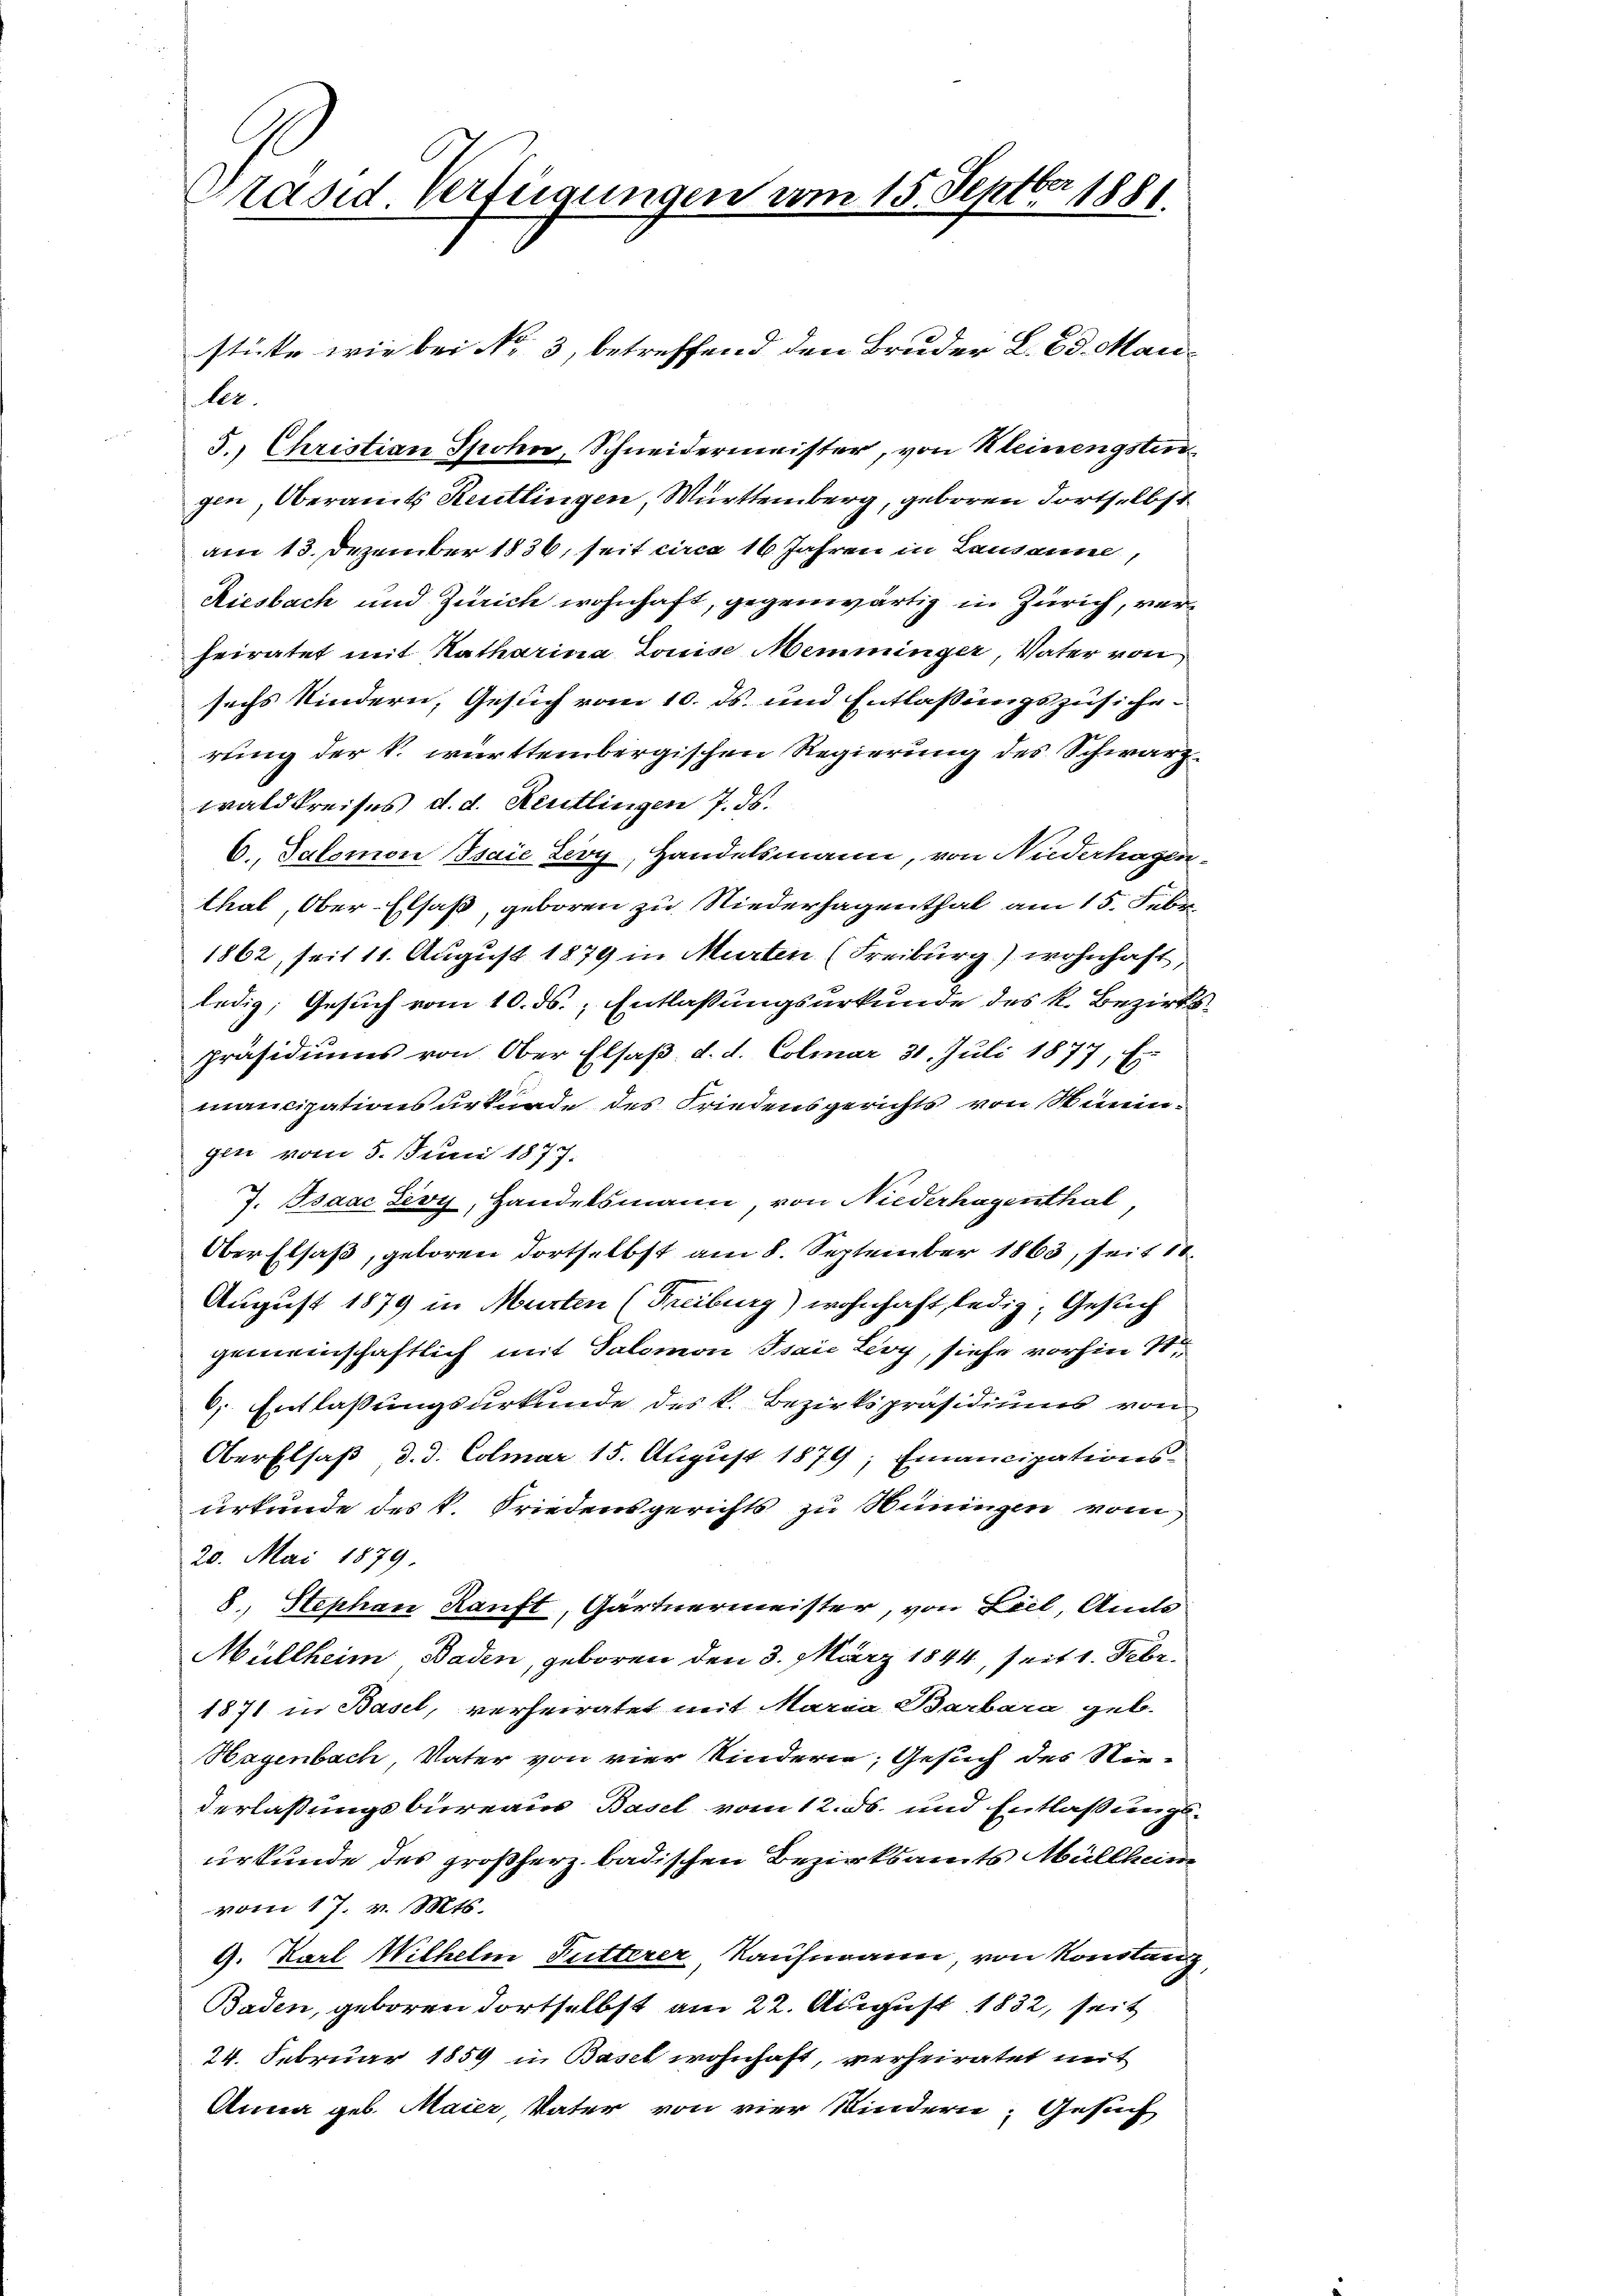
Präsid Verfügungen vom 15. Septbr 1881

stücke wie bei No 3, betreffend den Bruder L. 23. Manler.
5. Christian Spohn, Schneidermeister, von Meinengsten
gen, Oberamts Reutlingen, Württemberg, geboren Fortselbst
am 13. Dezember 1836, seit circa 16 Jahren in Lausanne,
Riesbach und Zürich wohnhaft, gegenwärtig in Zürich, verheiratet mit Katharina Louise Memminger, Vater von
sechs Kindern, Gesuch vom 10. ds. und Entlassungszusiche-
rung der k. württembergischen Regierung des Schwarzwald kreises d. d. Reutlingen 7. ds.
6., Salomon Isaie Zery, Handelsmann, von Niederhagen-
thal, Ober-Elsaß, geboren zu Niederhagenthal am 15. Febr.
1862, seit 11. August 1879 in Murten (Freiburg) wohnhaft,
ledig, Gesuch vom 10. ds. Entlassungsurkunde des k. Bezirkspräsidiums von Ober Elsaß, d. d. Colmar 31. Juli 1877, Es
mancipationsurknade des Friedensgerichts von Semingin vom 5. Juni 1877.
J. Isaac Zevy, Handelsmann, von Niederhagenthal,
Ober Elsaß, geboren dortselbst am 8. September 1863, seit 10
August 1879 in Murten (Freiburg) wohnhaft, ledig, Gesuch
gemeinschaftlich mit Salomon Isaie Ley, siehe vorhin 1
6. Entlassungsurkunde des k. Bezirkspräsidiums von
OberElsaß, d. d. Colmar 15. August 1879; Emancipationsurkunde des k. Friedensgerichts zu Hüningen vom
20. Mai 1879.
8., Stephan Kauft, Gärtnermeister, von Liel, Ans
Müllheim, Baden, geboren den 3. März 1844, seit 1. Febr.
1871 in Basel, verheiratet mit Maria Barbara geb.
Hagenbach, Vater von vier Kinderie, Gesuch des Niederlaßungsbureaus Basel vom 12. ds. und Entlaßungsurkunde des großherz badischen Bezirksamts Müllheim
vom 17. v. Mts.
9. Karl Wilhelm Futterer, Kaufmann, von Konstanz,
Baden, geboren dortselbst am 22. August 1832, seit
24. Februar 1859 in Basel wohnhaft, verheiratet mit
Anna geb. Maier, Vater von vier Kindern, Gesuch